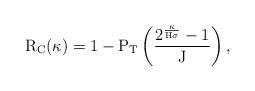
LaTeX: \begin{align*}\mathrm{R_C}(\kappa) = 1 - \mathrm{P_T}\left( \frac{2^{\frac{\kappa}{\mathrm{H}\sigma}} - 1}{\mathrm{J}} \right),\end{align*}